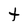
Character: t